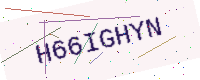
Text: H66IGHYN